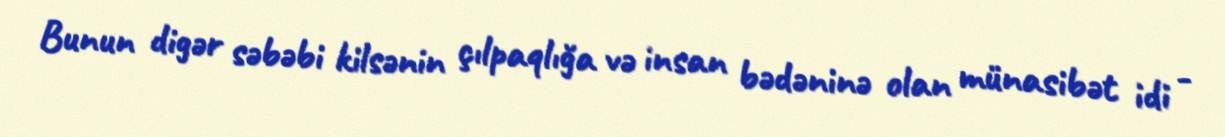
Bunun digər səbəbi kilsənin çılpaqlığa və insan bədəninə olan münasibət idi -